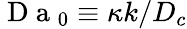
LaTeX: \mathrm{~D~a~}_{0}\equiv\kappa k/D_{c}